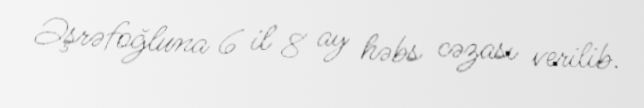
Əşrəfoğluna 6 il 8 ay həbs cəzası verilib.